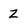
Character: Z